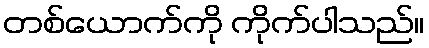
တစ်ယောက်ကို ကိုက်ပါသည်။